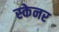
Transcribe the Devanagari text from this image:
स्‍केनर